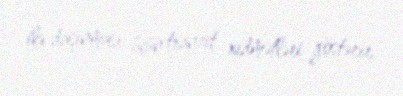
ilə daşınması üçün tranzit xidmətləri göstərir.